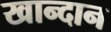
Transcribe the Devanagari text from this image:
खान्दान